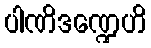
ပါဏိဒဏ္ဍေဟိ